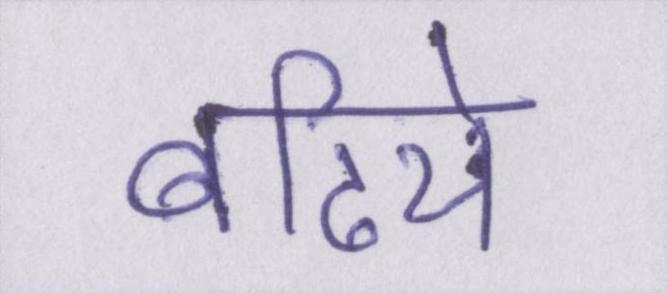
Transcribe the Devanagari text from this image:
बढिये